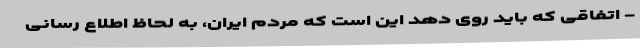
- اتفاقی که باید روی دهد این است که مردم ایران، به لحاظ اطلاع رسانی